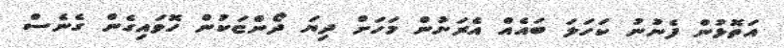
އަތޮޅުން ފެނުނު ކަހަލަ ބައެއް އެރަށުން މަހަށް ދިޔަ ދޯންޏަކުން ހޮވައިގެން ގެނެސް